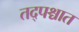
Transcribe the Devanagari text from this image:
तद्पश्चात